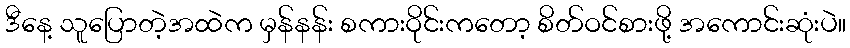
ဒီနေ့ သူပြောတဲ့အထဲက မှန်နန်း စကားဝိုင်းကတော့ စိတ်ဝင်စားဖို့ အကောင်းဆုံးပဲ။